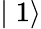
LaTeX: \mid 1\rangle